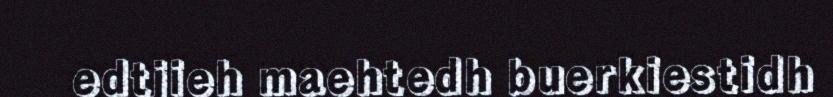
edtjieh maehtedh buerkiestidh